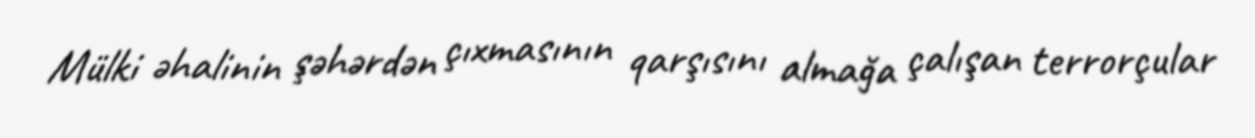
Mülki əhalinin şəhərdən çıxmasının qarşısını almağa çalışan terrorçular